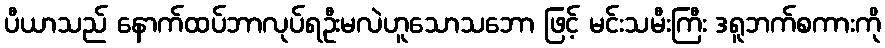
ပီယာသည် နောက်ထပ်ဘာလုပ်ရဦးမလဲဟူသောသဘော ဖြင့် မင်းသမီးကြီး ဒရူဘက်စကားကို